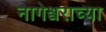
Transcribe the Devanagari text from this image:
नागेश्वराच्या